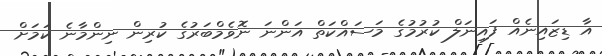
އާ ޑިޒައިނެއް ފައިނަލް ކުރުމުގެ މަސައްކަތް އަންނަ ނޮވެމްބަރުގެ ކުރިން ނިންމާނެ ކަމަށް